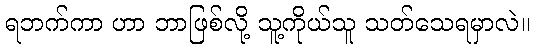
ရဘက်ကာ ဟာ ဘာဖြစ်လို့ သူ့ကိုယ်သူ သတ်သေရမှာလဲ။